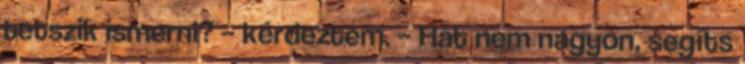
tetszik ismerni? – kérdeztem. – Hát nem nagyon, segíts